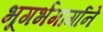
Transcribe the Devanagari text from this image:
भूगर्भमार्गाने